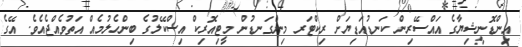
އިންޑޮނީޝިޔާގެ އައްސޭރިން ކަނޑުއަޑިޔަށް ރިކްޓަރ މިންގަނޑުން މީޓިއޮރިކް އިސްކޭލުގެ ބިންހެލުމެއް އަތުވެއްޖެއެވެ. އޭގެ